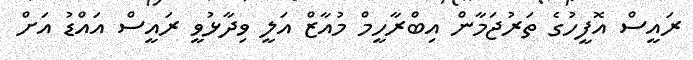
ރައީސް އޮފީހުގެ ތަރުޖަަމާން އިބްރާހީމް މުއާޒް އަލީ ވިދާޅުވީ ރައީސް އައްޑު އަށް